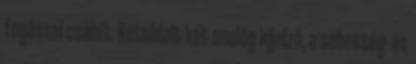
fogással csábít. Kétoldalt két analóg kijelző, a sebesség- és